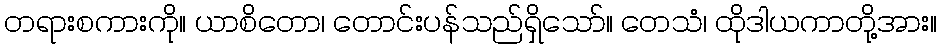
တရားစကားကို။ ယာစိတော၊ တောင်းပန်သည်ရှိသော်။ တေသံ၊ ထိုဒါယကာတို့အား။